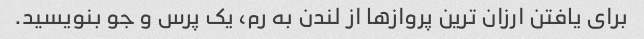
برای یافتن ارزان ترین پروازها از لندن به رم، یک پرس و جو بنویسید.